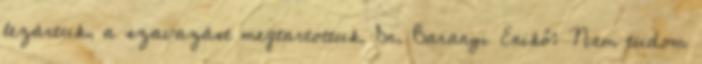
lezártuk, a szavazást megtartottuk. Dr. Baranyi Enikő: Nem tudom